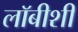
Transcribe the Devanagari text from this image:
लाॅबीशी